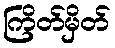
ကြိတ်မှိတ်